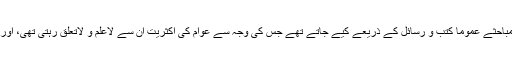
سوشل میڈیا کی آمد سے قبل اس قسم کے مباحثے عموماً کتب و رسائل کے ذریعے کیے جاتے تھے جس کی وجہ سے عوام کی اکثریت ان سے لاعلم و لاتعلق رہتی تھی، اور ماحول میں تناؤ بھی نسبتاً کم ہوا کرتا تھا۔